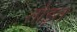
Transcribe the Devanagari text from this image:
तोड़त